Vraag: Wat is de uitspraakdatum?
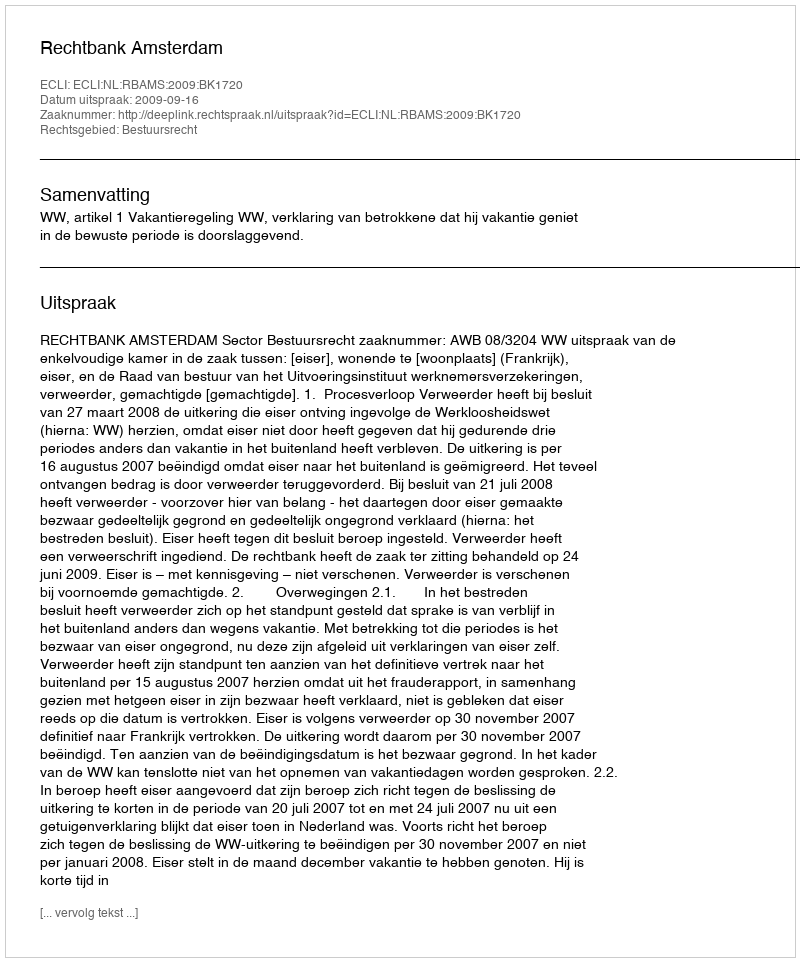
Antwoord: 2009-09-16